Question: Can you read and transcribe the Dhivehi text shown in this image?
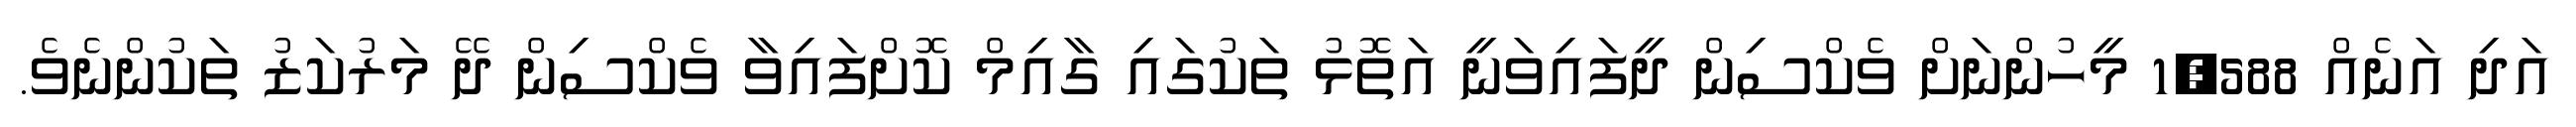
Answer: އަދި އަނެއް 1,588 މީހުންނަށް ވެކްސިން ދީފައިވަނީ އަތޮޅު ތަކުގައި ގާއިމް ކޮށްފައިވާ ވެކްސިން ދޭ މަރުކަޒު ތަކުންނެވެ.